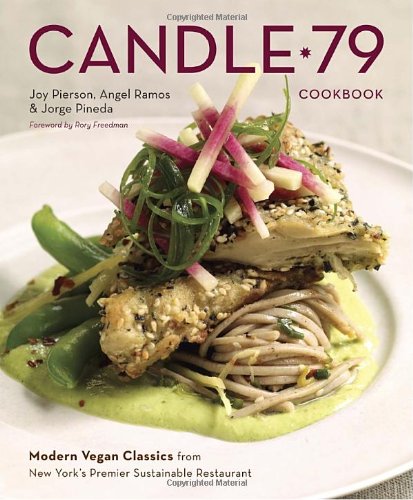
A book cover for Candle 79 Cookbook: Modern Vegan Classics from New York's Premier Sustainable Restaurant; Joy Pierson; Health, Fitness & Dieting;